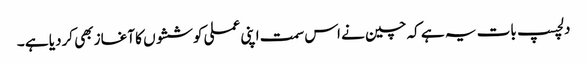
دلچسپ بات یہ ہے کہ چین نے اس سمت اپنی عملی کوششوں کا آغاز بھی کردیا ہے ۔